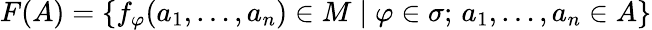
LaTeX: F(A)=\{ f_{\varphi}(a_{1},\dots,a_{n})\in M\mid\varphi\in\sigma;\, a_{1},\dots,a_{n}\in A\}